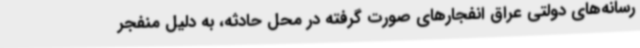
رسانه‌های دولتی عراق انفجارهای صورت گرفته در محل حادثه، به دلیل منفجر